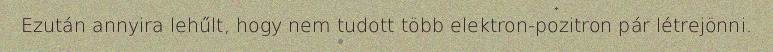
Ezután annyira lehűlt, hogy nem tudott több elektron-pozitron pár létrejönni.